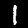
Digit: 1